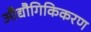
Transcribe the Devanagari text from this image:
औद्यौगिकिकरण